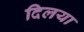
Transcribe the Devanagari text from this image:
दिलया